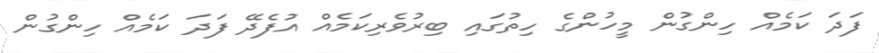
ފަދަ ކަމެއް ހިންގުން މީހުންގެ ހިތުގައި ބިރުވެރިކަމެއް އުފެދޭ ފަދަ ކަމެއް ހިންގުން